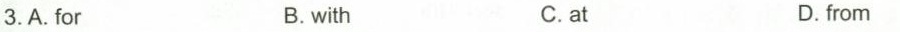
3.A. For B. with C.at D.from